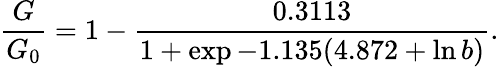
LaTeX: \frac{G}{G_{0}}=1-\frac{0.3113}{1+\exp{-1.135(4.872+\ln b)}}.